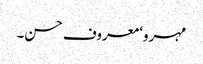
مہرو‘ معروف حسن۔